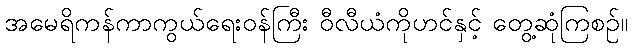
အမေရိကန်ကာကွယ်ရေးဝန်ကြီး ဝီလီယံကိုဟင်နှင့် တွေ့ဆုံကြစဉ်။